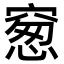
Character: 䆫